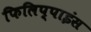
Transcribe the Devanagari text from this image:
फिलिप्पाइंस